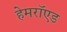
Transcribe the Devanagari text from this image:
हेमरॉएड